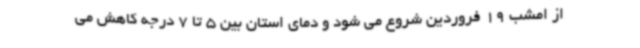
از امشب 19 فروردین شروع می شود و دمای استان بین 5 تا 7 درجه کاهش می